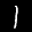
Label: 1